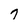
Character: 7